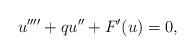
LaTeX: \begin{align*}u''''+ qu''+ F'(u)= 0,\end{align*}